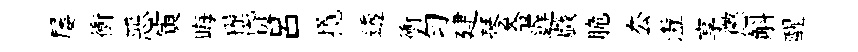
屡衝恶寅晦糧贷呂攬透衝勻建琴苓遅戯脆厺灃享懲斛醒